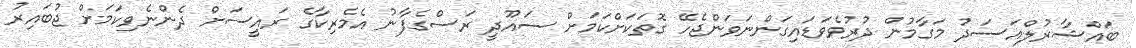
ބައްޝާރުލްއަސަދު މަގާމުން ދުރުވެވަޑައިގަންނަވަންޖެހޭ ގޮތަކަށްކަމަށް ސައޫދީ ރަސްގެފާނު އެމެރިކާގެ ރައީސަށް ދެންނެވިކަމަށް ޖުބައިރު